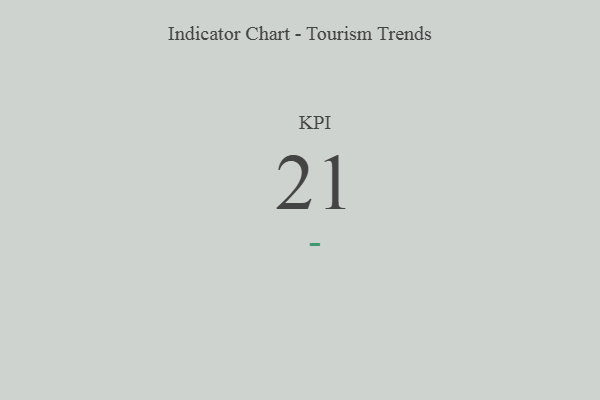
{"axis": {"x": "KPI", "y": "Value"}, "legend": [""], "data": [{"x": "KPI", "y": 21, "type": ""}]}